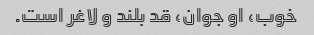
خوب، او جوان، قد بلند و لاغر است.